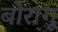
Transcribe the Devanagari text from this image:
बोरागू